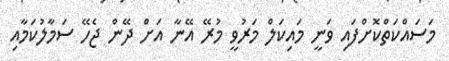
މަސައްކަތްކޮށްފައި ވަނީ މައިކަލް މަރުވީ މުރޭ އޭނާ އަށް ދޭން ޖެހޭ ސަމާލުކަމާއި